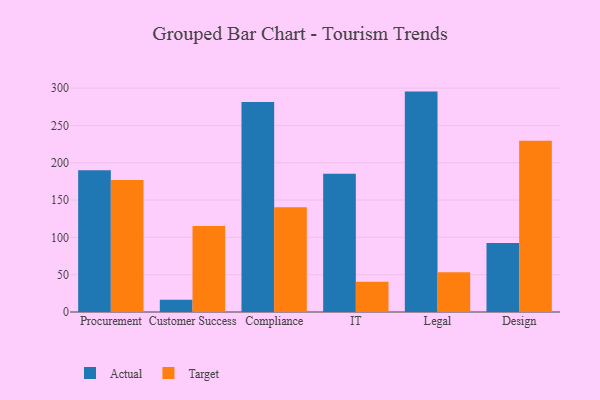
{"axis": {"x": "Department", "y": "Active Users"}, "legend": ["Actual", "Target"], "data": [{"x": "Procurement", "y": 189.9, "type": "Actual"}, {"x": "Procurement", "y": 176.8, "type": "Target"}, {"x": "Customer Success", "y": 16.3, "type": "Actual"}, {"x": "Customer Success", "y": 115.3, "type": "Target"}, {"x": "Compliance", "y": 281.3, "type": "Actual"}, {"x": "Compliance", "y": 140.2, "type": "Target"}, {"x": "IT", "y": 185.3, "type": "Actual"}, {"x": "IT", "y": 40.5, "type": "Target"}, {"x": "Legal", "y": 295.3, "type": "Actual"}, {"x": "Legal", "y": 53.4, "type": "Target"}, {"x": "Design", "y": 92.3, "type": "Actual"}, {"x": "Design", "y": 229.3, "type": "Target"}]}